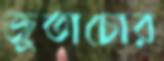
জুতাচোর